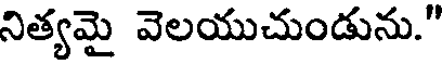
నిత్యమై వెలయుచుండును."